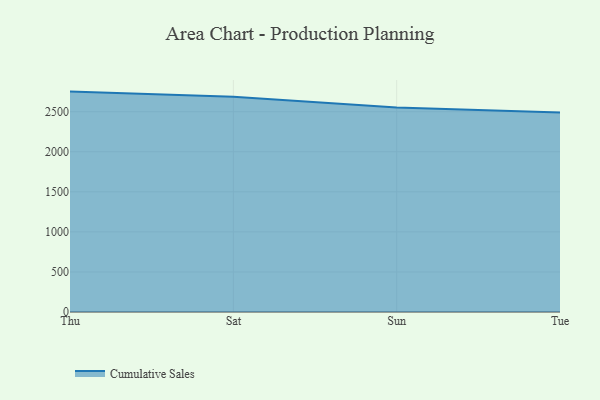
{"axis": {"x": "Day", "y": "Latency (ms)"}, "legend": ["Cumulative Sales"], "data": [{"x": "Thu", "y": 2750.7, "type": "Cumulative Sales"}, {"x": "Sat", "y": 2687.5, "type": "Cumulative Sales"}, {"x": "Sun", "y": 2553.3, "type": "Cumulative Sales"}, {"x": "Tue", "y": 2490.7, "type": "Cumulative Sales"}]}